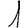
Digit: 1